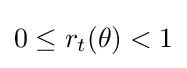
0\leq r_{t}(\theta )<1